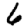
Digit: 6